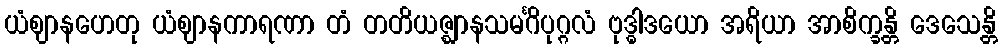
ယံဈာနဟေတု ယံဈာနကာရဏာ တံ တတိယဇ္ဈာနသမင်္ဂိပုဂ္ဂလံ ဗုဒ္ဓါဒယော အရိယာ အာစိက္ခန္တိ ဒေသေန္တိ